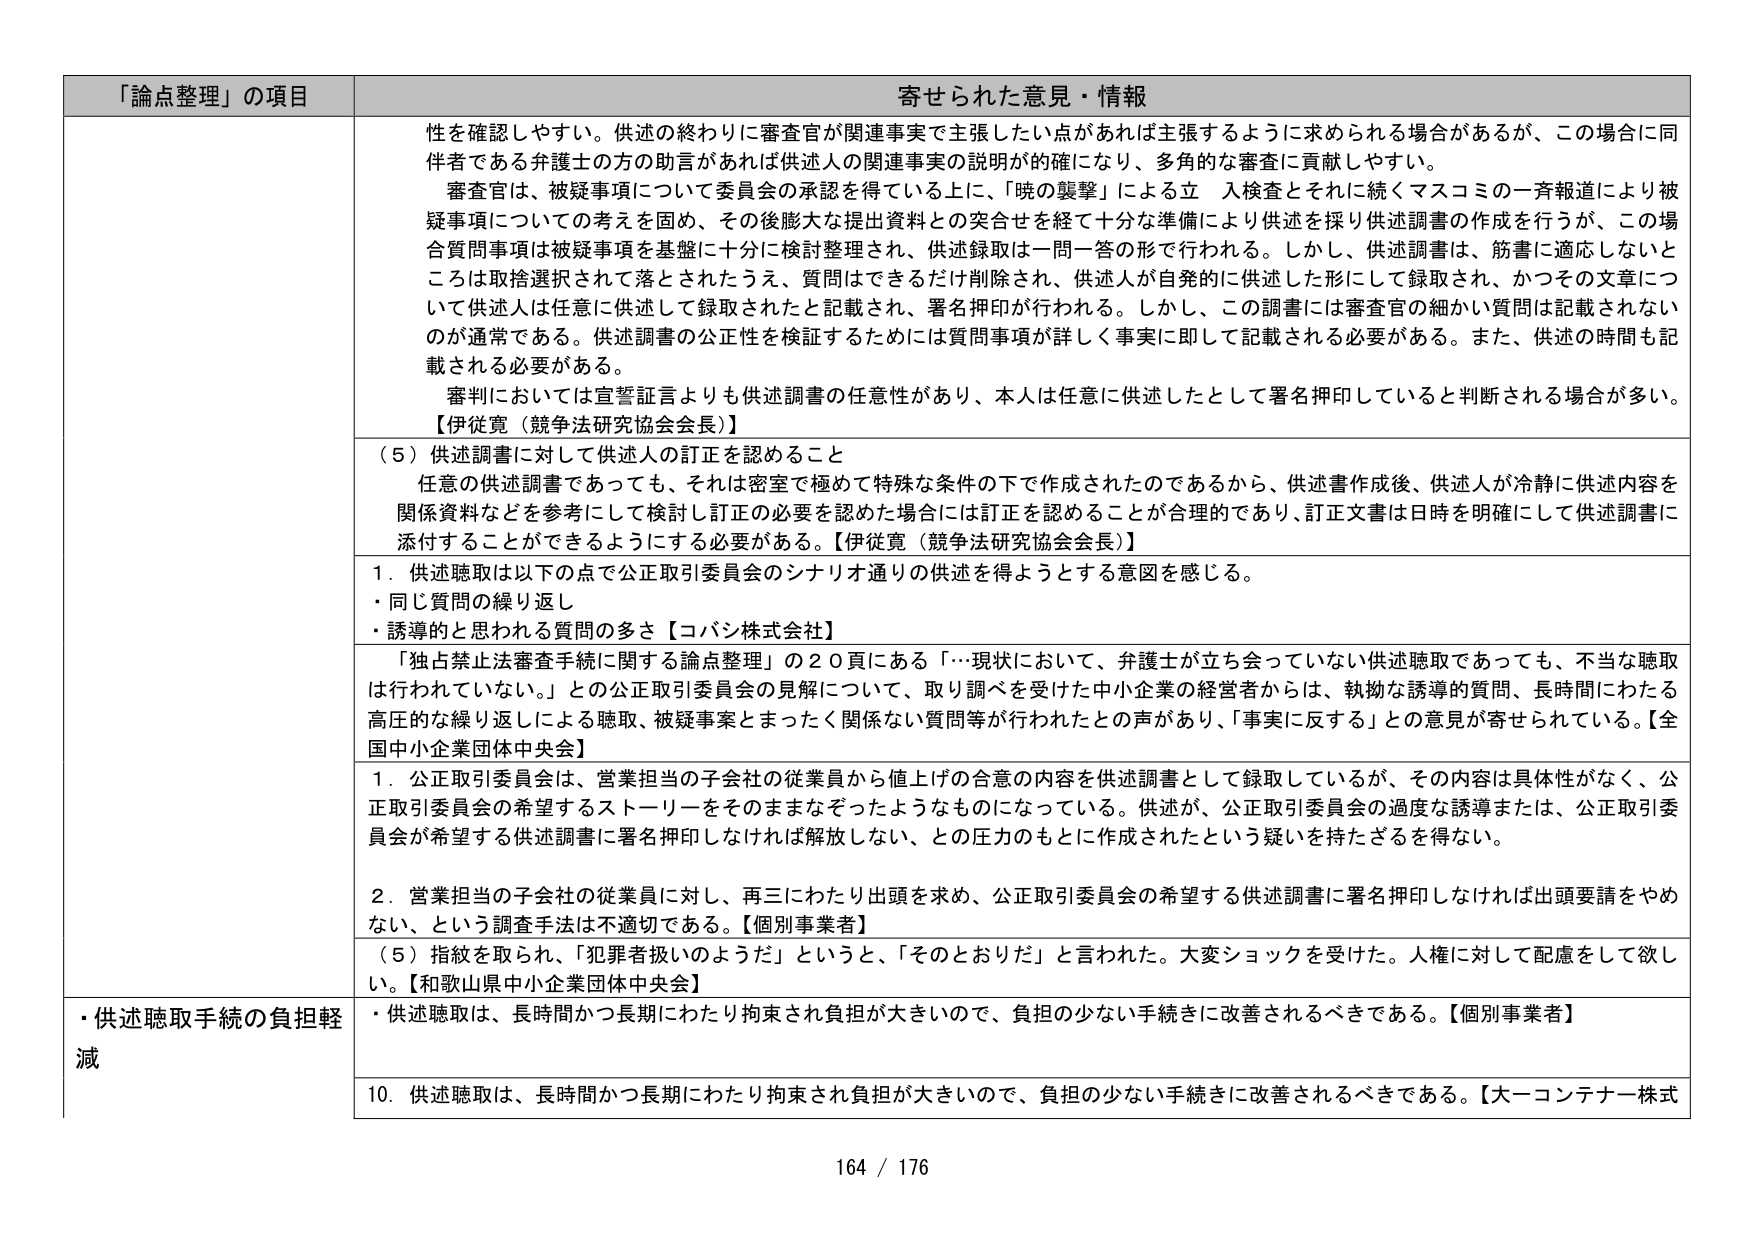
「論点整理」の項目 寄せられた意見・情報
性を確認しやすい。供述の終わりに審査官が関連事実で主張したい点があれば主張するように求められる場合があるが、この場合に同伴者である弁護士の方の助言があれば供述人の関連事実の説明が確にになり、多角的な審査に貢献しやすい。
審査官は、被疑事項について委員会の承認を得ている上に、「暁の襲撃」による立 入検査とそれに続くマスコミの一斉報道により被疑事項についての考えを固め、その後膨大な提出資料との突合せを経て十分な準備により供述を採り供述調書の作成を行うが、この場合質問事項は被疑事項を基盤に十分に検討整理され、供述録取は一問一答の形で行われる。しかし、供述調書は、筋書に適応しないところは取捨選択されて落とされたうえ、質問はできるだけ削除され、供述人が自発的に供述した形にして録取され、かつその文章について供述人は任意に供述して録取されたと記載され、署名押印が行われる。しかし、この調書には審査官の細かい質問は記載されないのが通常である。供述調書の公正性を検証するためには質問事項が詳しく事実に即して記載される必要がある。また、供述の時間も記載される必要がある。
審判においては宣誓証言よりも供述調書の任意性があり、本人は任意に供述したとして署名押印していると判断される場合が多い。【伊従寛（競争法研究協会会長）】
（5）供述調書に対して供述人の訂正を認めること
任意の供述調書であっても、それは密室で極めて特殊な条件の下で作成されたのであるから、供述書作成後、供述人が冷静に供述内容を関係資料などを参考にして検討し訂正の必要を認めた場合には訂正を認めることが合理的であり、訂正文書は日時を明確にして供述調書に添付することができるようにする必要がある。【伊従寛（競争法研究協会会長）】
1．供述聴取は以下の点で公正取引委員会のシナリオ通りの供述を得ようとする意図を感じる。
・同じ質問の繰り返し
・誘導的と思われる質問の多さ【コバシ株式会社】
「独占禁止法審査手続に関する論点整理」の20頁にある「…現状において、弁護士が立ち会っていない供述聴取であっても、不当な聴取は行われていない。」との公正取引委員会の見解について、取り調べを受けた中小企業の経営者からは、執拗な誘導的質問、長時間にわたる高圧的な繰り返しによる聴取、被疑事案とまったく関係ない質問等が行われたとの声があり、「事実に反する」との意見が寄せられている。【全国中小企業団体中央会】
1．公正取引委員会は、営業担当の子会社の従業員から値上げの合意の内容を供述調書として録取しているが、その内容は具体性がなく、公正取引委員会の希望するストーリーをそのままなぞったようなものになっている。供述が、公正取引委員会の過度な誘導または、公正取引委員会が希望する供述調書に署名押印しなければ解放しない、との圧力のもとに作成されたという疑いを持たざるを得ない。
2．営業担当の子会社の従業員に対し、再三にわたり出頭を求め、公正取引委員会の希望する供述調書に署名押印しなければ出頭要請をやめない、という調査手法は不適切である。【個別事業者】
（5）指紋を取られ、「犯罪者扱いのようだ」というと、「そのとおりだ」と言われた。大変ショックを受けた。人権に対して配慮をして欲しい。【和歌山県中小企業団体中央会】
・供述聴取手続の負担軽減
・供述聴取は、長時間かつ長期にわたり拘束され負担が大きいので、負担の少ない手続きに改善されるべきである。【個別事業者】
10．供述聴取は、長時間かつ長期にわたり拘束され負担が大きいので、負担の少ない手続きに改善されるべきである。【大一コンテナ株式
164 / 176